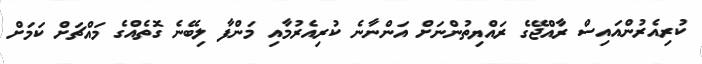
ކުރިއެރުންއައިސް ރާއްޖޭގެ ރައްޔިތުންނަށް އަންނާނެ ކުރިއެރުމާއި މަންފާ ލިބޭނެ ގޮތެއްގެ މައްޗަށް ކަމަށް